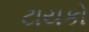
ટાયકો